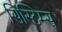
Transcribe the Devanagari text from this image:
सिस्टिम्स्